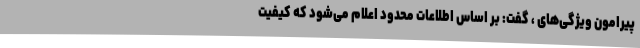
پیرامون ویژگی‌های ، گفت: بر اساس اطلاعات محدود اعلام می‌شود که کیفیت